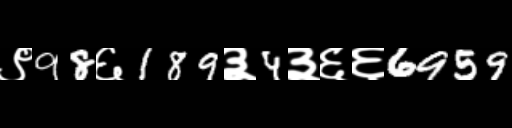
Text: ९98६189३4३६६6959